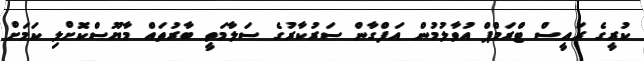
ކުރީގެ ރައީސް ޓްރަމްޕް އުވާލުމުން އަފްގާން ސަރުކާރުގެ ސަލާމަތީ ބާރުތައް މާޔޫސްކޮށްލި ކަމަށް